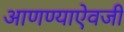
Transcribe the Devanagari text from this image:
आणण्याऐवजी